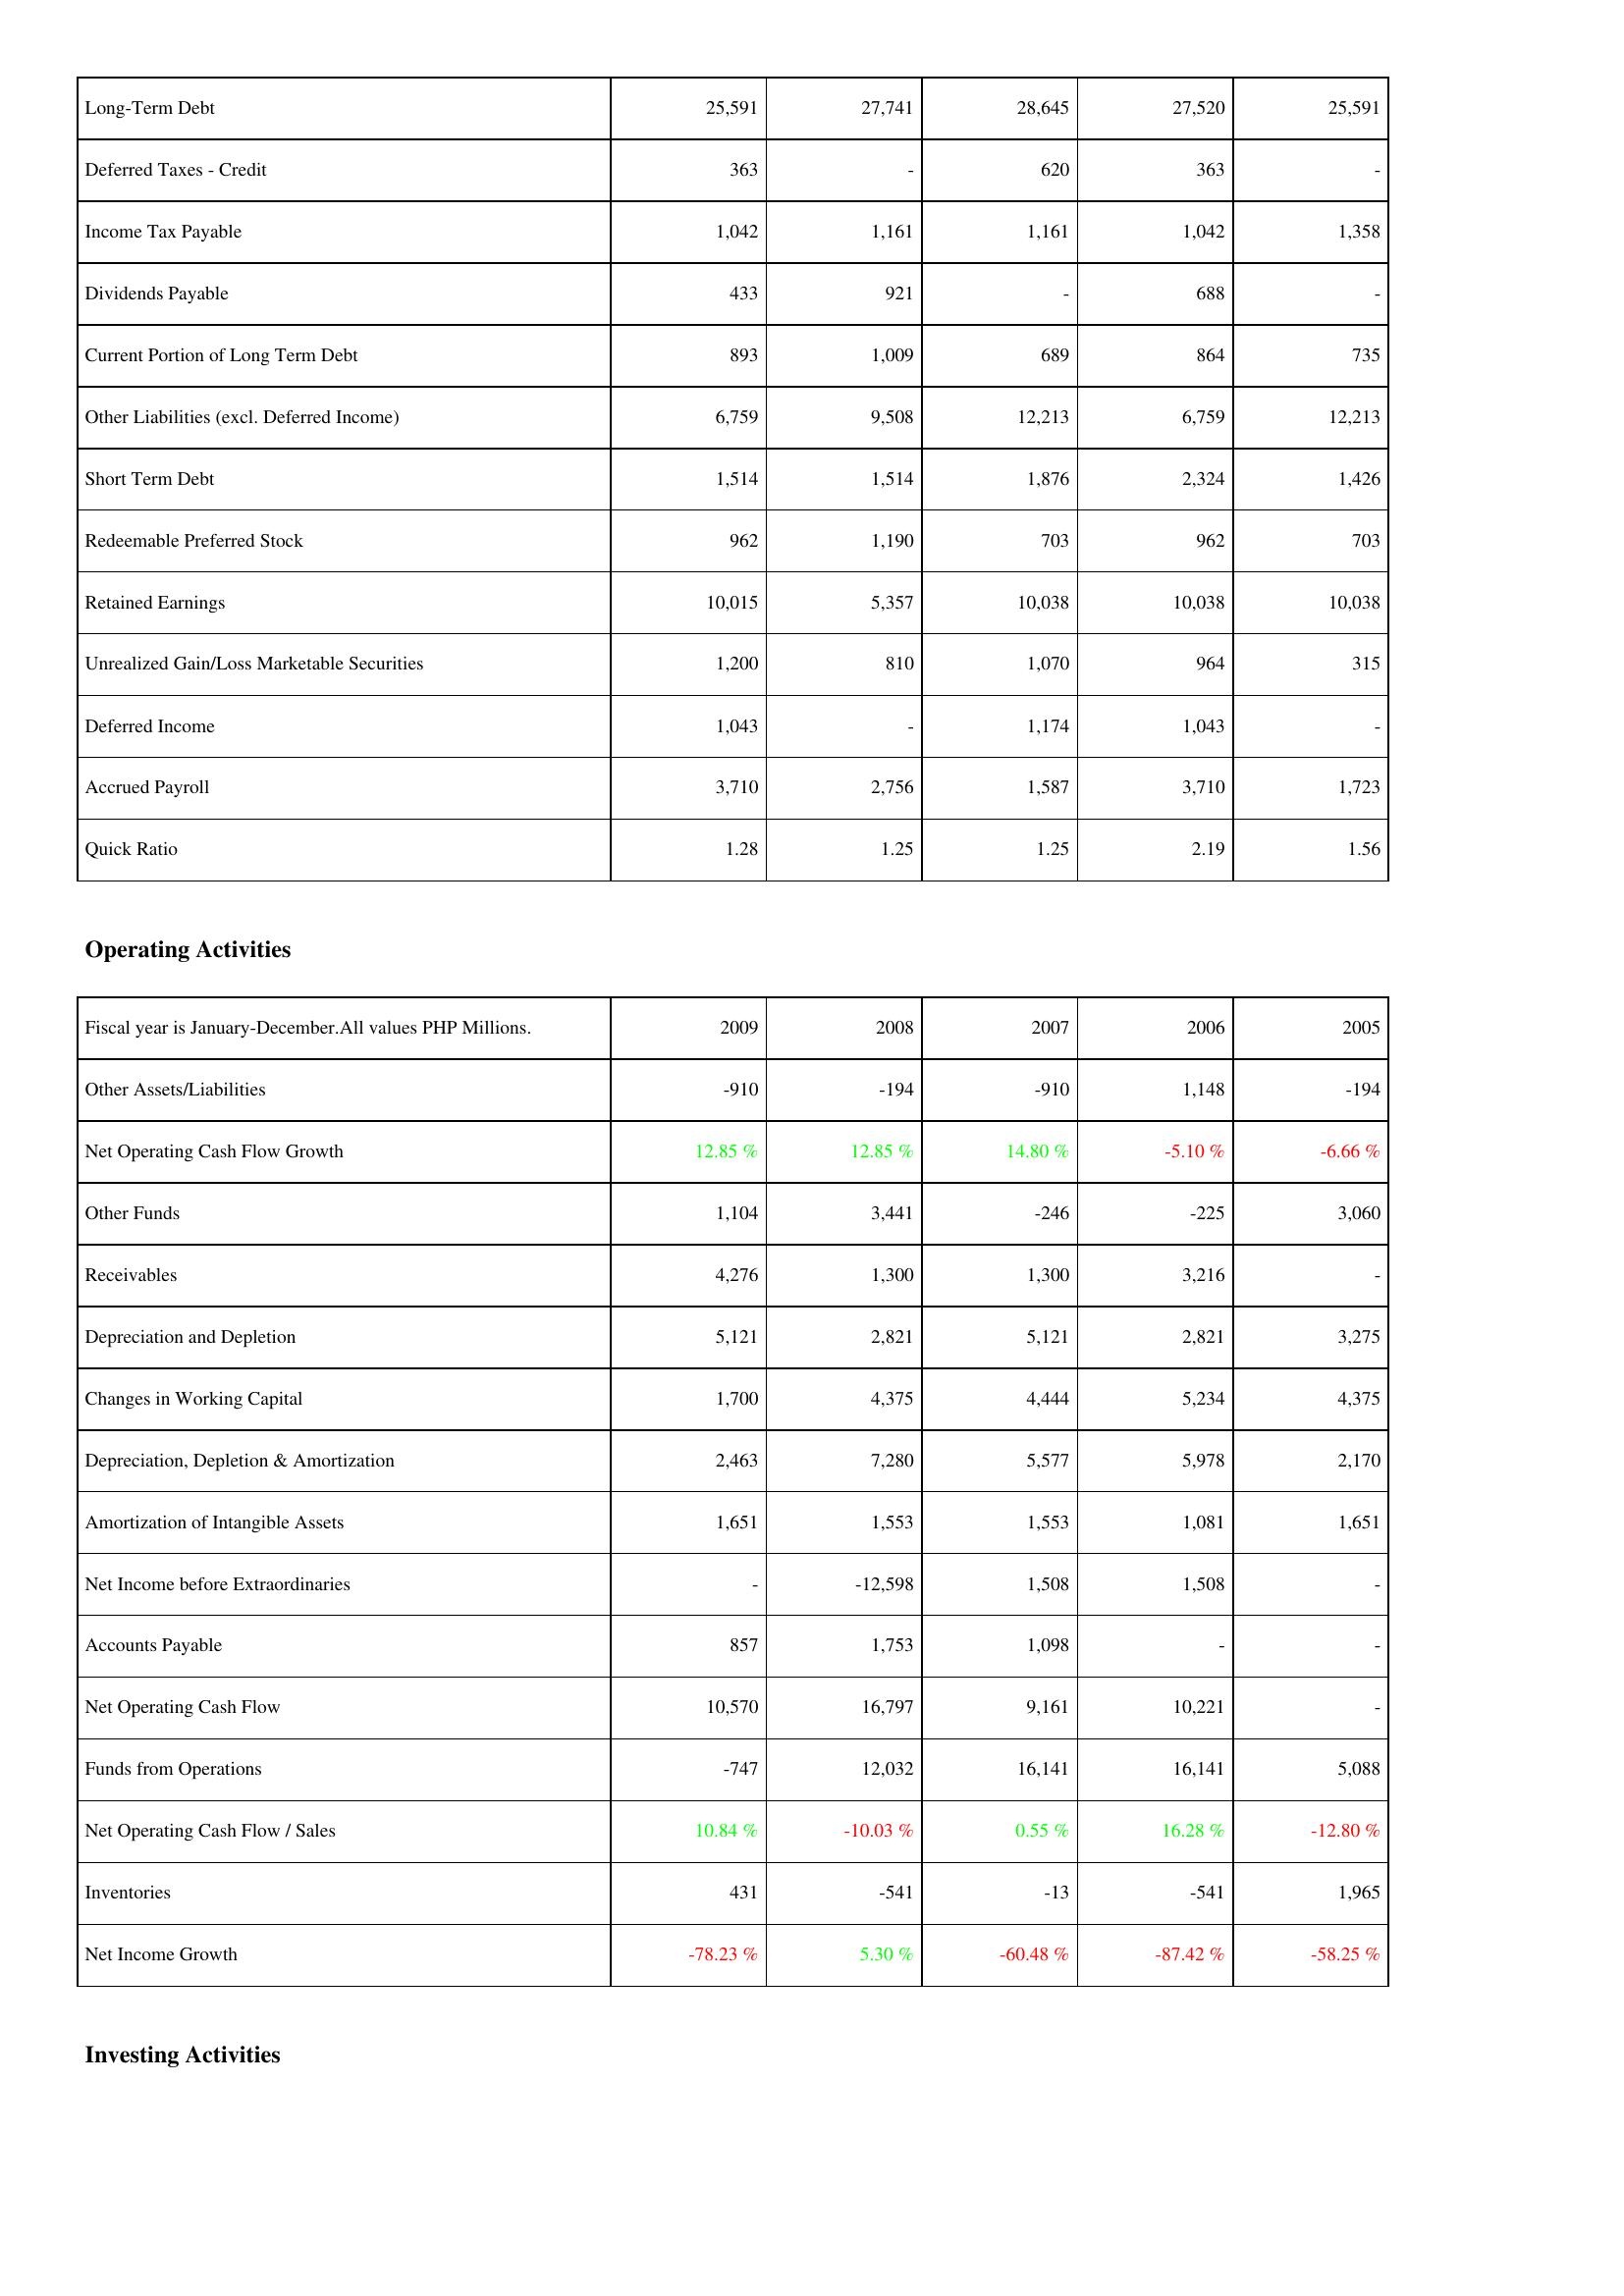
2009: Liabilities & Shareholders' Equity: Long-Term Debt: 25,591
Deferred Taxes - Credit: 363
Income Tax Payable: 1,042
Dividends Payable: 433
Current Portion of Long Term Debt: 893
Other Liabilities (excl. Deferred Income): 6,759
Short Term Debt: 1,514
Redeemable Preferred Stock: 962
Retained Earnings: 10,015
Unrealized Gain/Loss Marketable Securities: 1,200
Deferred Income: 1,043
Accrued Payroll: 3,710
Quick Ratio: 1.28
Operating Activities: Other Assets/Liabilities: -910
Net Operating Cash Flow Growth: 12.85 %
Other Funds: 1,104
Receivables: 4,276
Depreciation and Depletion: 5,121
Changes in Working Capital: 1,700
Depreciation, Depletion & Amortization: 2,463
Amortization of Intangible Assets: 1,651
Net Income before Extraordinaries: -
Accounts Payable: 857
Net Operating Cash Flow: 10,570
Funds from Operations: -747
Net Operating Cash Flow / Sales: 10.84 %
Inventories: 431
Net Income Growth: -78.23 %
2008: Liabilities & Shareholders' Equity: Long-Term Debt: 27,741
Deferred Taxes - Credit: -
Income Tax Payable: 1,161
Dividends Payable: 921
Current Portion of Long Term Debt: 1,009
Other Liabilities (excl. Deferred Income): 9,508
Short Term Debt: 1,514
Redeemable Preferred Stock: 1,190
Retained Earnings: 5,357
Unrealized Gain/Loss Marketable Securities: 810
Deferred Income: -
Accrued Payroll: 2,756
Quick Ratio: 1.25
Operating Activities: Other Assets/Liabilities: -194
Net Operating Cash Flow Growth: 12.85 %
Other Funds: 3,441
Receivables: 1,300
Depreciation and Depletion: 2,821
Changes in Working Capital: 4,375
Depreciation, Depletion & Amortization: 7,280
Amortization of Intangible Assets: 1,553
Net Income before Extraordinaries: -12,598
Accounts Payable: 1,753
Net Operating Cash Flow: 16,797
Funds from Operations: 12,032
Net Operating Cash Flow / Sales: -10.03 %
Inventories: -541
Net Income Growth: 5.30 %
2007: Liabilities & Shareholders' Equity: Long-Term Debt: 28,645
Deferred Taxes - Credit: 620
Income Tax Payable: 1,161
Dividends Payable: -
Current Portion of Long Term Debt: 689
Other Liabilities (excl. Deferred Income): 12,213
Short Term Debt: 1,876
Redeemable Preferred Stock: 703
Retained Earnings: 10,038
Unrealized Gain/Loss Marketable Securities: 1,070
Deferred Income: 1,174
Accrued Payroll: 1,587
Quick Ratio: 1.25
Operating Activities: Other Assets/Liabilities: -910
Net Operating Cash Flow Growth: 14.80 %
Other Funds: -246
Receivables: 1,300
Depreciation and Depletion: 5,121
Changes in Working Capital: 4,444
Depreciation, Depletion & Amortization: 5,577
Amortization of Intangible Assets: 1,553
Net Income before Extraordinaries: 1,508
Accounts Payable: 1,098
Net Operating Cash Flow: 9,161
Funds from Operations: 16,141
Net Operating Cash Flow / Sales: 0.55 %
Inventories: -13
Net Income Growth: -60.48 %
2006: Liabilities & Shareholders' Equity: Long-Term Debt: 27,520
Deferred Taxes - Credit: 363
Income Tax Payable: 1,042
Dividends Payable: 688
Current Portion of Long Term Debt: 864
Other Liabilities (excl. Deferred Income): 6,759
Short Term Debt: 2,324
Redeemable Preferred Stock: 962
Retained Earnings: 10,038
Unrealized Gain/Loss Marketable Securities: 964
Deferred Income: 1,043
Accrued Payroll: 3,710
Quick Ratio: 2.19
Operating Activities: Other Assets/Liabilities: 1,148
Net Operating Cash Flow Growth: -5.10 %
Other Funds: -225
Receivables: 3,216
Depreciation and Depletion: 2,821
Changes in Working Capital: 5,234
Depreciation, Depletion & Amortization: 5,978
Amortization of Intangible Assets: 1,081
Net Income before Extraordinaries: 1,508
Accounts Payable: -
Net Operating Cash Flow: 10,221
Funds from Operations: 16,141
Net Operating Cash Flow / Sales: 16.28 %
Inventories: -541
Net Income Growth: -87.42 %
2005: Liabilities & Shareholders' Equity: Long-Term Debt: 25,591
Deferred Taxes - Credit: -
Income Tax Payable: 1,358
Dividends Payable: -
Current Portion of Long Term Debt: 735
Other Liabilities (excl. Deferred Income): 12,213
Short Term Debt: 1,426
Redeemable Preferred Stock: 703
Retained Earnings: 10,038
Unrealized Gain/Loss Marketable Securities: 315
Deferred Income: -
Accrued Payroll: 1,723
Quick Ratio: 1.56
Operating Activities: Other Assets/Liabilities: -194
Net Operating Cash Flow Growth: -6.66 %
Other Funds: 3,060
Receivables: -
Depreciation and Depletion: 3,275
Changes in Working Capital: 4,375
Depreciation, Depletion & Amortization: 2,170
Amortization of Intangible Assets: 1,651
Net Income before Extraordinaries: -
Accounts Payable: -
Net Operating Cash Flow: -
Funds from Operations: 5,088
Net Operating Cash Flow / Sales: -12.80 %
Inventories: 1,965
Net Income Growth: -58.25 %